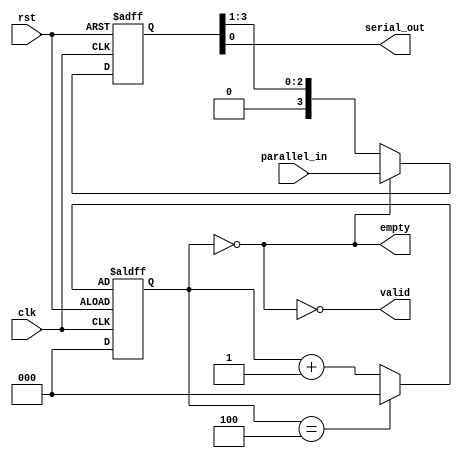
// Design and verify a 4-bit parallel to serial converter with valid and empty indications

module day11 (
    input clk, rst,
    input [3:0] parallel_in,
    output reg serial_out, empty, valid
);
    
    reg [3:0] shift, next;

    always @(posedge clk or posedge rst) begin
        if (rst) begin
            shift <= 0;
        end
        else begin
            shift <= next;
        end
    end

    always @(*) begin
        next = empty ? parallel_in : {1'b0,shift[3:1]};
    end

    always @(*) begin
        serial_out = shift[0];
    end

    reg [2:0] current_state, next_state;

    always @(posedge clk or negedge rst) begin
        if (rst) begin
            current_state <= 0;
        end
        else begin
            current_state <= next_state;
        end
    end

    always @(*) begin
        next_state = (current_state == 4) ? 0 : current_state + 1;
        empty = (current_state == 0);
        valid = ~empty;
    end

endmodule